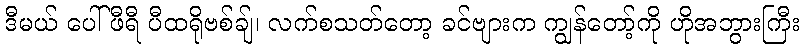
ဒီမယ် ပေါ်ဖီရီ ပီထရိုဗစ်ချ်၊ လက်စသတ်တော့ ခင်ဗျားက ကျွန်တော့်ကို ဟိုအဘွားကြီး